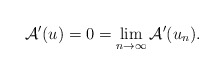
\begin{align*} \mathcal{A}' (u) = 0 = \lim_{n \to \infty} \mathcal{A}' (u_n).\end{align*}